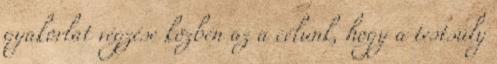
gyakorlat végzése közben az a célunk, hogy a testsúly